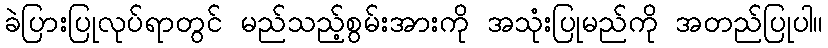
ခဲပြားပြုလုပ်ရာတွင် မည်သည့်စွမ်းအားကို အသုံးပြုမည်ကို အတည်ပြုပါ။